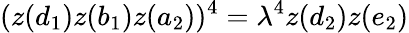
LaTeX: (z(d_{1})z(b_{1})z(a_{2}))^{4}=\lambda^{4}z(d_{2})z(e_{2})